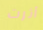
أثرت